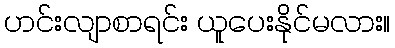
ဟင်းလျာစာရင်း ယူပေးနိုင်မလား။